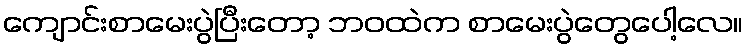
ကျောင်းစာမေးပွဲပြီးတော့ ဘဝထဲက စာမေးပွဲတွေပေါ့လေ။